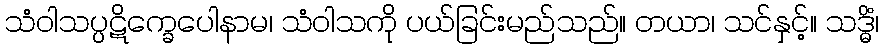
သံဝါသပ္ပဋိက္ခေပေါနာမ၊ သံဝါသကို ပယ်ခြင်းမည်သည်။ တယာ၊ သင်နှင့်။ သဒ္ဓိံ၊